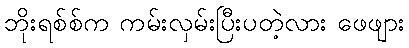
ဘိုးရစ်စ်က ကမ်းလှမ်းပြီးပတဲ့လား ဖေဖျား